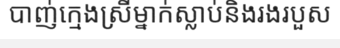
បាញ់ក្មេងស្រីម្នាក់ស្លាប់និងរងរបួស